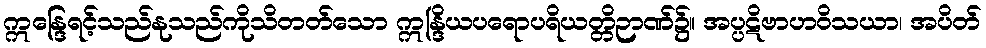
ဣန္ဒြေရင့်သည်နုသည်ကိုသိတတ်သော ဣန္ဒြိယပရောပရိယတ္တိဉာဏ်၌။ အပ္ပဋိဗာဟဝိသယာ၊ အပိတ်